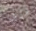
فيبي